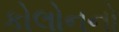
કોલોનનો